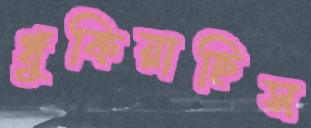
ধুঁকিয়াছিস